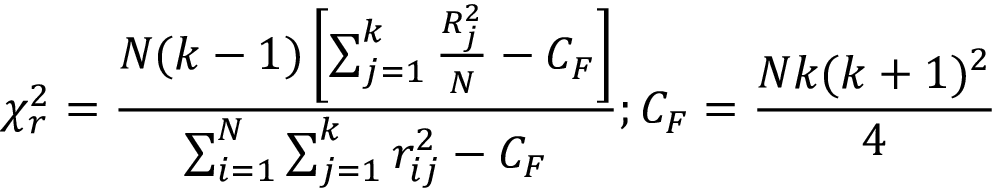
{ \chi _ { r } ^ { 2 } } = \frac { N ( k - 1 ) \left[ \sum _ { j = 1 } ^ { k } \frac { R _ { j } ^ { 2 } } { N } - C _ { F } \right] } { \sum _ { i = 1 } ^ { N } \sum _ { j = 1 } ^ { k } { r _ { i j } ^ { 2 } } - C _ { F } } ; C _ { F } = \frac { N k ( k + 1 ) ^ { 2 } } { 4 }